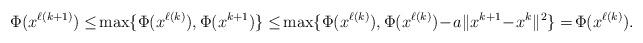
LaTeX: \begin{align*}\Phi(x^{\ell(k+1)})\le\!\max\{\Phi(x^{\ell(k)}),\Phi(x^{k+1})\}\le\!\max\{\Phi(x^{\ell(k)}),\Phi(x^{\ell(k)})\!-\!a\|x^{k+1}\!-\!x^k\|^2\}=\!\Phi(x^{\ell(k)}).\end{align*}